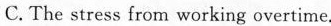
C. The stress from working overtine.